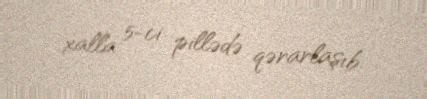
xalla 5-ci pillədə qərarlaşıb.